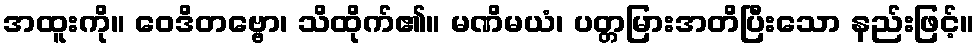
အထူးကို။ ဝေဒိတဗ္ဗော၊ သိထိုက်၏။ မဏိမယံ၊ ပတ္တမြားအတိပြီးသော နည်းဖြင့်။